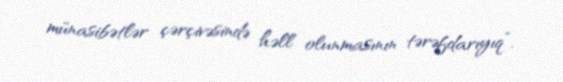
münasibətlər çərçivəsində həll olunmasının tərəfdarıyıq”.